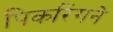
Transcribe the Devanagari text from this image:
पिकरिंगने